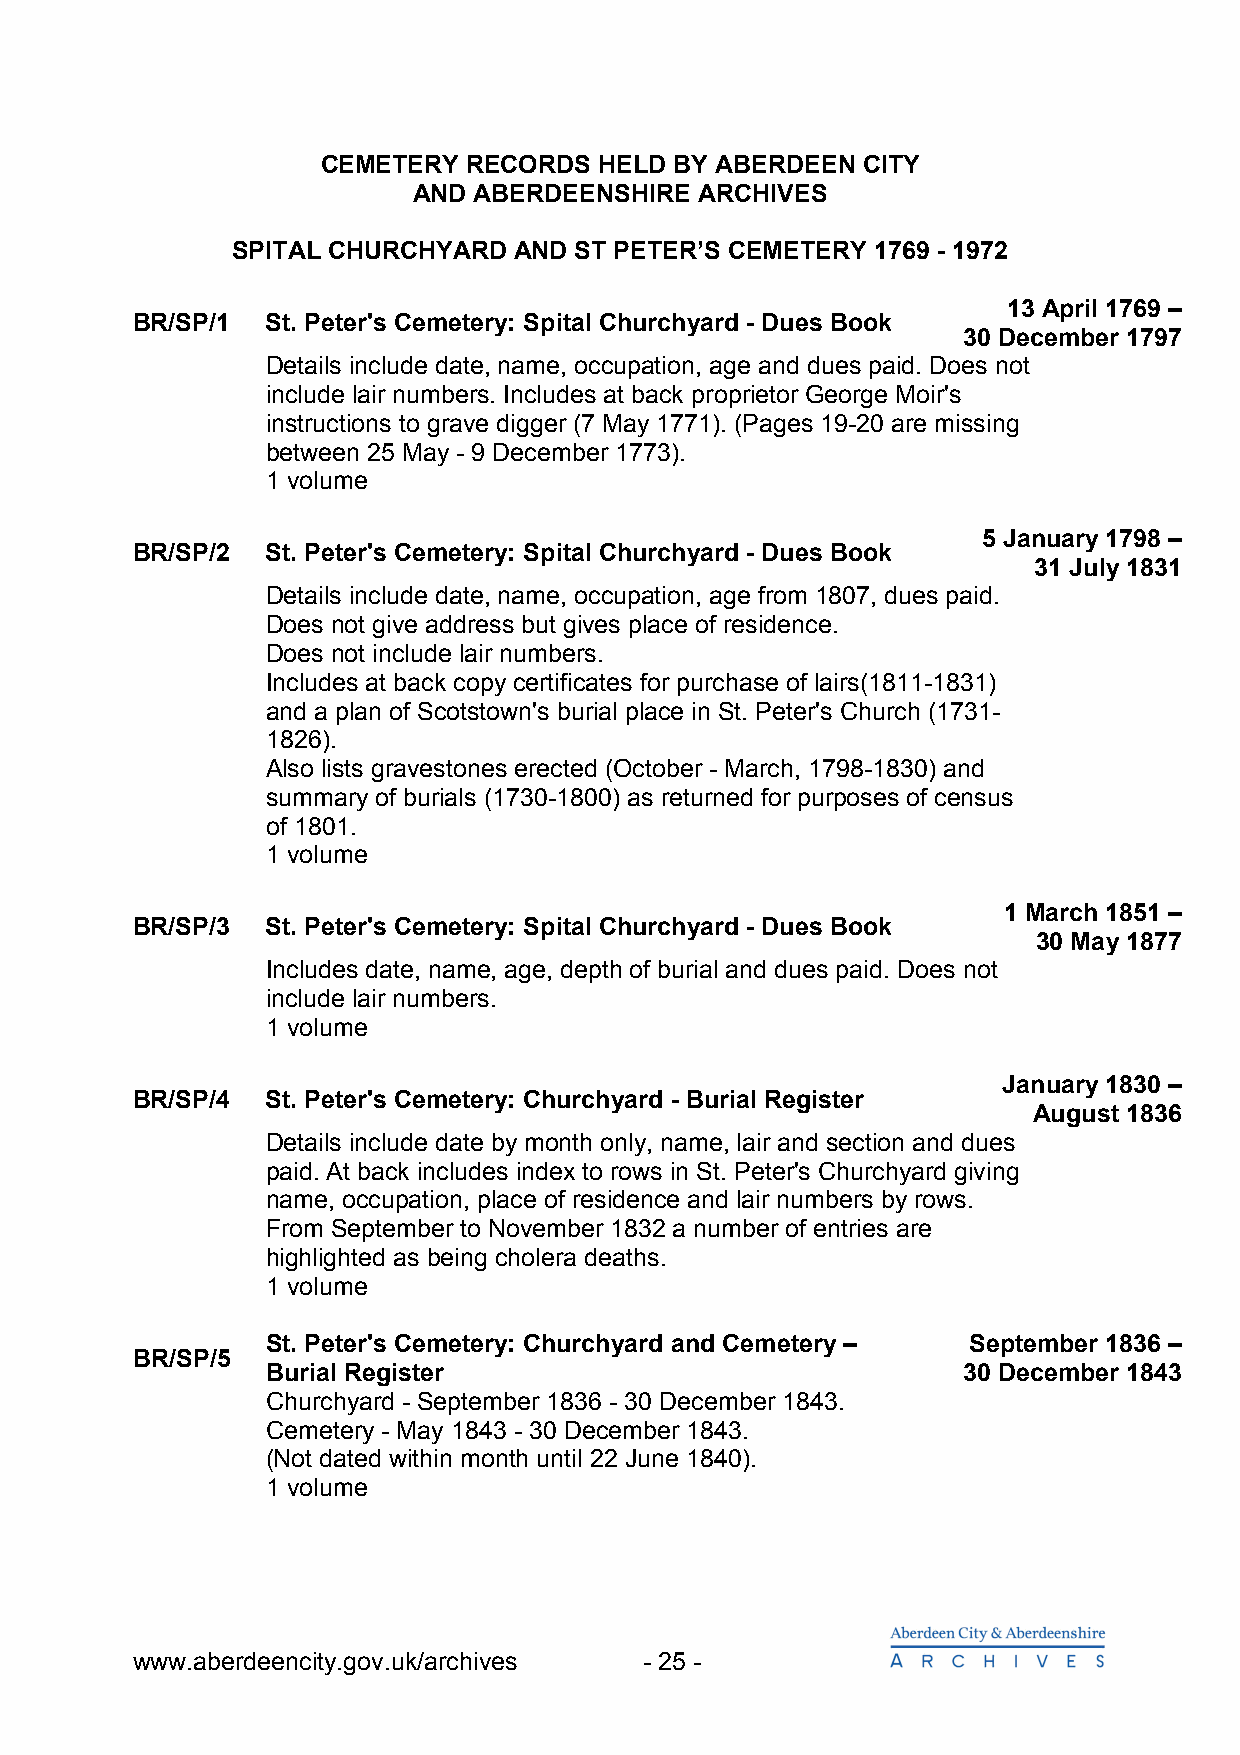
CEMETERY  RECORDS  HELD BY ABERDEEN CITY
 AND ABERDEENSHIRE  ARCHIVES
 SPITAL CHURCHYARD  AND ST PETER’S CEMETERY 1769 - 1972
 13 April 1769 –
 BR/SP/1  St. Peter's Cemetery: Spital Churchyard - Dues Book
 30 December 1797
 Details include date, name, occupation, age and dues paid. Does not
 include lair numbers. Includes at back proprietor George Moir's
 instructions to grave digger (7 May 1771). (Pages 19-20 are missing
 between 25 May - 9 December 1773).
 1 volume
 5 January 1798 –
 BR/SP/2  St. Peter's Cemetery: Spital Churchyard - Dues Book
 31 July 1831
 Details include date, name, occupation, age from 1807, dues paid.
 Does not give address but gives place of residence.
 Does not include lair numbers.
 Includes at back copy certificates for purchase of lairs(1811-1831)
 and a plan of Scotstown's burial place in St. Peter's Church (1731-
 1826).
 Also lists gravestones erected (October - March, 1798-1830) and
 summary of burials (1730-1800) as returned for purposes of census
 of 1801.
 1 volume
 1 March 1851 –
 BR/SP/3  St. Peter's Cemetery: Spital Churchyard - Dues Book
 30 May 1877
 Includes date, name, age, depth of burial and dues paid. Does not
 include lair numbers.
 1 volume
 January 1830 –
 BR/SP/4  St. Peter's Cemetery: Churchyard - Burial Register
 August 1836
 Details include date by month only, name, lair and section and dues
 paid. At back includes index to rows in St. Peter's Churchyard giving
 name, occupation, place of residence and lair numbers by rows.
 From September to November 1832 a number of entries are
 highlighted as being cholera deaths.
 1 volume
 St. Peter's Cemetery: Churchyard and Cemetery – September 1836 –
 BR/SP/5
 Burial Register                               30 December 1843
 Churchyard - September 1836 - 30 December 1843.
 Cemetery - May 1843 - 30 December 1843.
 (Not dated within month until 22 June 1840).
 1 volume
 www.aberdeencity.gov.uk/archives  - 25 -